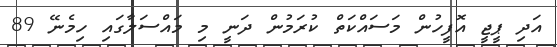
އަދި ޕީޖީ އޮފީހުން މަސައްކަތް ކުރަމުން ދަނީ މި މައްސަލާގައި ހިމެނޭ 89